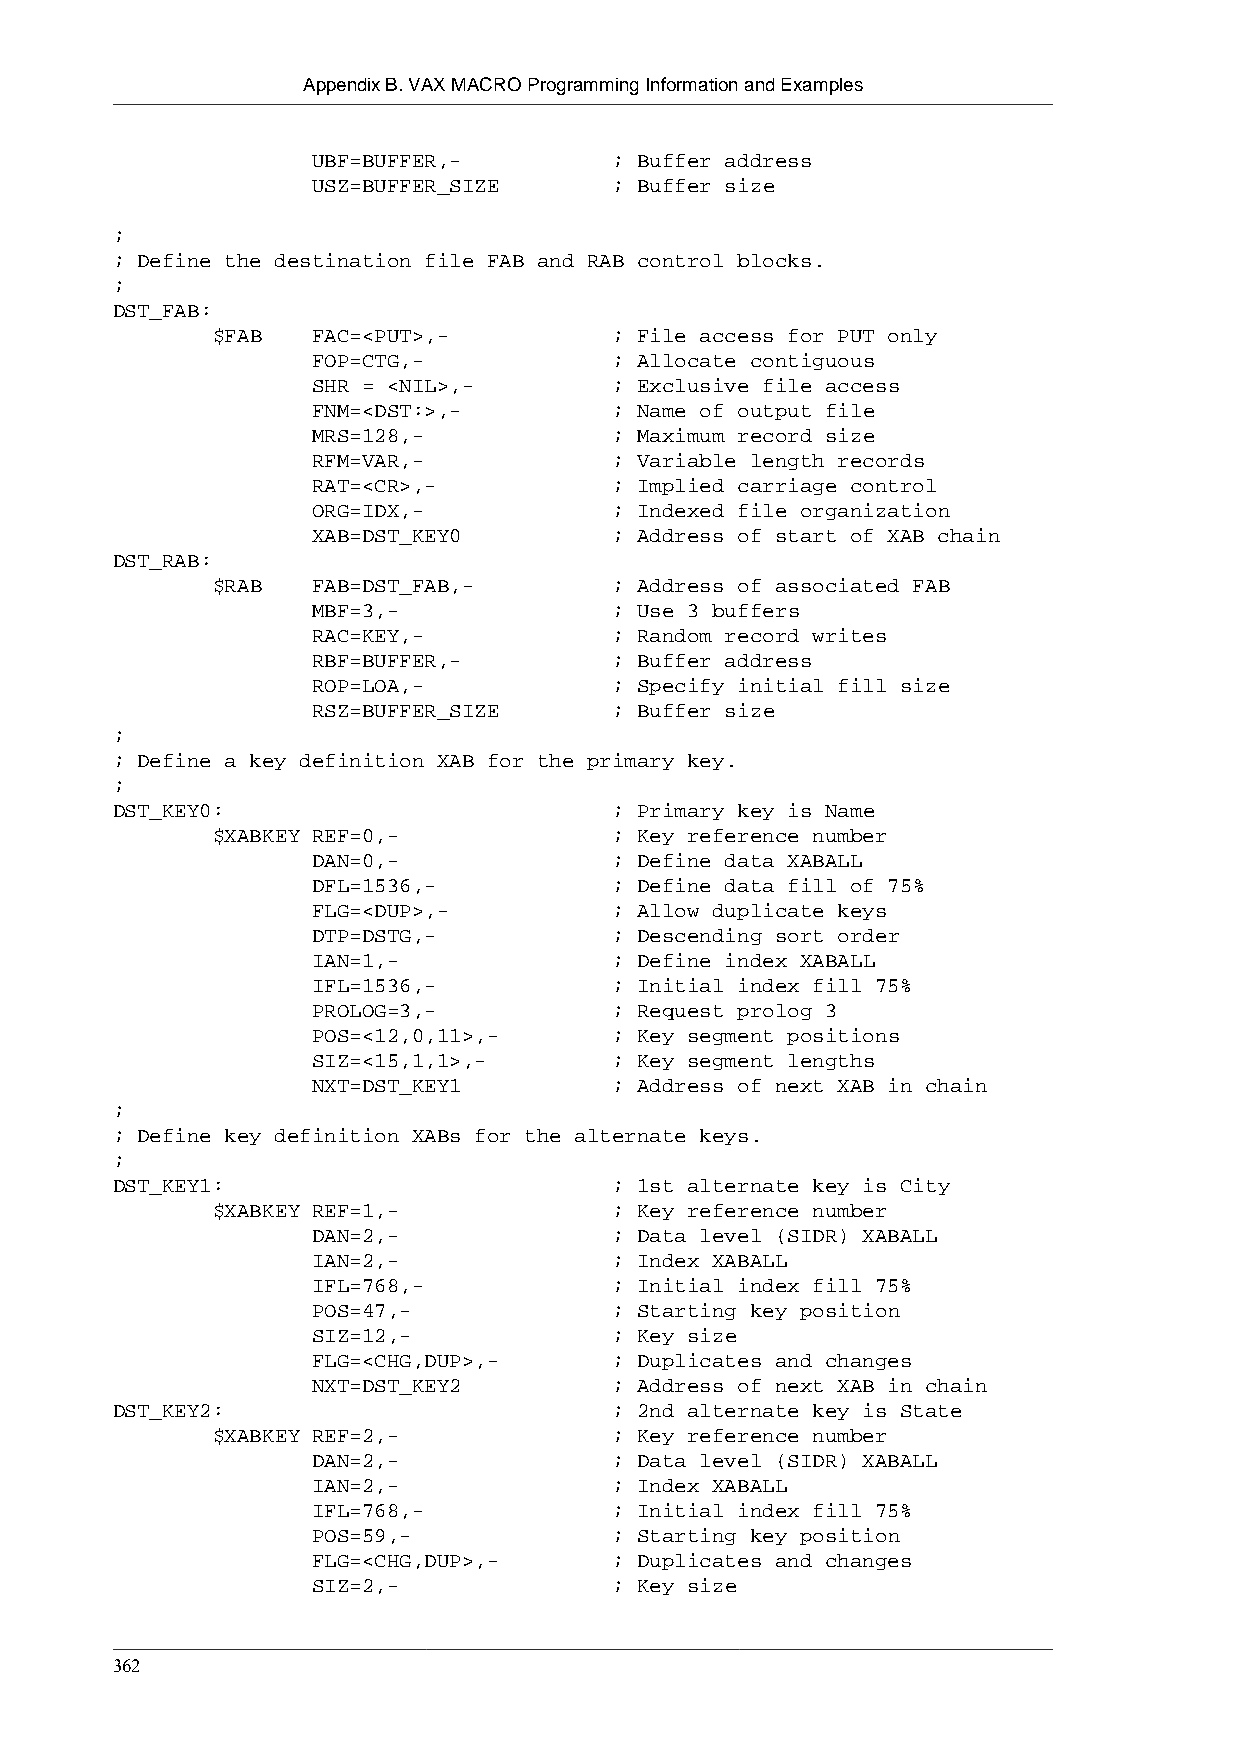
Appendix B. VAX MACRO Programming Information and Examples
 UBF=BUFFER,-        ; Buffer address
 USZ=BUFFER_SIZE     ; Buffer size
 ;
 ; Define the destination file FAB and RAB control blocks.
 ;
 DST_FAB:
 $FAB   FAC=<PUT>,-         ; File access for PUT only
 FOP=CTG,-           ; Allocate contiguous
 SHR = <NIL>,-       ; Exclusive file access
 FNM=<DST:>,-        ; Name of output file
 MRS=128,-           ; Maximum record size
 RFM=VAR,-           ; Variable length records
 RAT=<CR>,-          ; Implied carriage control
 ORG=IDX,-           ; Indexed file organization
 XAB=DST_KEY0        ; Address of start of XAB chain
 DST_RAB:
 $RAB   FAB=DST_FAB,-       ; Address of associated FAB
 MBF=3,-             ; Use 3 buffers
 RAC=KEY,-           ; Random record writes
 RBF=BUFFER,-        ; Buffer address
 ROP=LOA,-           ; Specify initial fill size
 RSZ=BUFFER_SIZE     ; Buffer size
 ;
 ; Define a key definition XAB for the primary key.
 ;
 DST_KEY0:                         ; Primary key is Name
 $XABKEY REF=0,-            ; Key reference number
 DAN=0,-             ; Define data XABALL
 DFL=1536,-          ; Define data fill of 75%
 FLG=<DUP>,-         ; Allow duplicate keys
 DTP=DSTG,-          ; Descending sort order
 IAN=1,-             ; Define index XABALL
 IFL=1536,-          ; Initial index fill 75%
 PROLOG=3,-          ; Request prolog 3
 POS=<12,0,11>,-     ; Key segment positions
 SIZ=<15,1,1>,-      ; Key segment lengths
 NXT=DST_KEY1        ; Address of next XAB in chain
 ;
 ; Define key definition XABs for the alternate keys.
 ;
 DST_KEY1:                         ; 1st alternate key is City
 $XABKEY REF=1,-            ; Key reference number
 DAN=2,-             ; Data level (SIDR) XABALL
 IAN=2,-             ; Index XABALL
 IFL=768,-           ; Initial index fill 75%
 POS=47,-            ; Starting key position
 SIZ=12,-            ; Key size
 FLG=<CHG,DUP>,-     ; Duplicates and changes
 NXT=DST_KEY2        ; Address of next XAB in chain
 DST_KEY2:                         ; 2nd alternate key is State
 $XABKEY REF=2,-            ; Key reference number
 DAN=2,-             ; Data level (SIDR) XABALL
 IAN=2,-             ; Index XABALL
 IFL=768,-           ; Initial index fill 75%
 POS=59,-            ; Starting key position
 FLG=<CHG,DUP>,-     ; Duplicates and changes
 SIZ=2,-             ; Key size
 362